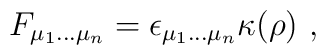
F_{\mu_1\dots\mu_n} = \epsilon_{\mu_1\dots\mu_n} \kappa(\rho)~,